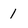
Character: 1